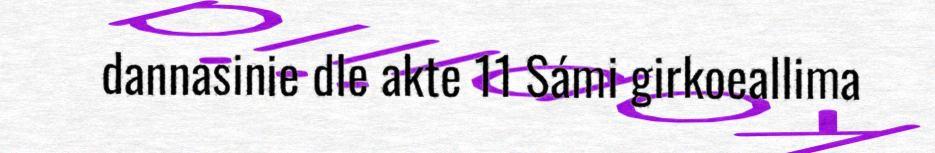
dannasinie dle akte 11 Sámi girkoeallima